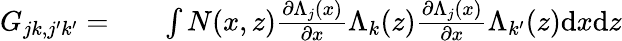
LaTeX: \begin{array}{rlr}{G_{jk,j^{\prime}k^{\prime}}=}&{{}}&{\int N(x,z)\frac{\partial\Lambda_{j}(x)}{\partial x}\Lambda_{k}(z)\frac{\partial\Lambda_{j}(x)}{\partial x}\Lambda_{k^{\prime}}(z)\mathrm{d}x\mathrm{d}z}\end{array}